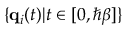
\{ \mathbf { q } _ { i } ( t ) | t \in [ 0 , \hbar \beta ] \}